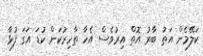
ކަލޭމެން އަތު ބާރު އޮތް އިރުވެސް އެހާ ތާހިރުކަން ކުޑަ އަގަ ފުޅާ